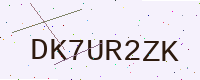
Text: DK7UR2ZK